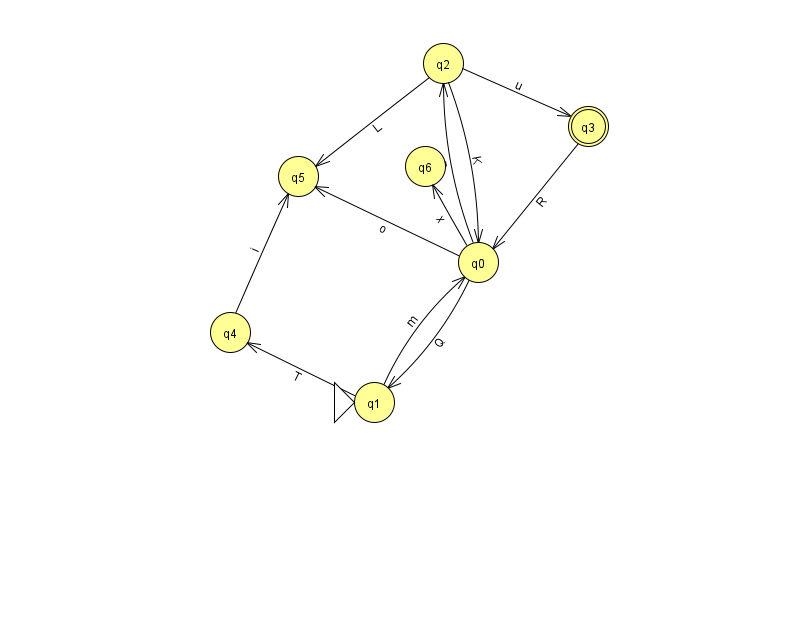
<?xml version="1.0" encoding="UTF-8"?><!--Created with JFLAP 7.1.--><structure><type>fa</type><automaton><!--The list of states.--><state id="0" name="q0"><x>478.0</x><y>249.0</y></state><state id="1" name="q1"><x>374.0</x><y>389.0</y><initial/></state><state id="2" name="q2"><x>443.0</x><y>50.0</y></state><state id="3" name="q3"><x>588.0</x><y>113.0</y><final/></state><state id="4" name="q4"><x>230.0</x><y>319.0</y></state><state id="5" name="q5"><x>298.0</x><y>163.0</y></state><state id="6" name="q6"><x>425.0</x><y>153.0</y></state><!--The list of transitions.--><transition><from>0</from><to>5</to><read>o</read></transition><transition><from>1</from><to>0</to><read>m</read></transition><transition><from>3</from><to>0</to><read>R</read></transition><transition><from>2</from><to>0</to><read>K</read></transition><transition><from>1</from><to>4</to><read>T</read></transition><transition><from>0</from><to>6</to><read>x</read></transition><transition><from>2</from><to>5</to><read>L</read></transition><transition><from>0</from><to>1</to><read>Q</read></transition><transition><from>0</from><to>2</to><read>F</read></transition><transition><from>4</from><to>5</to><read>i</read></transition><transition><from>2</from><to>3</to><read>u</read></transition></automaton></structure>